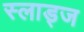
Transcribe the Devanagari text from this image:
स्लाड्ज